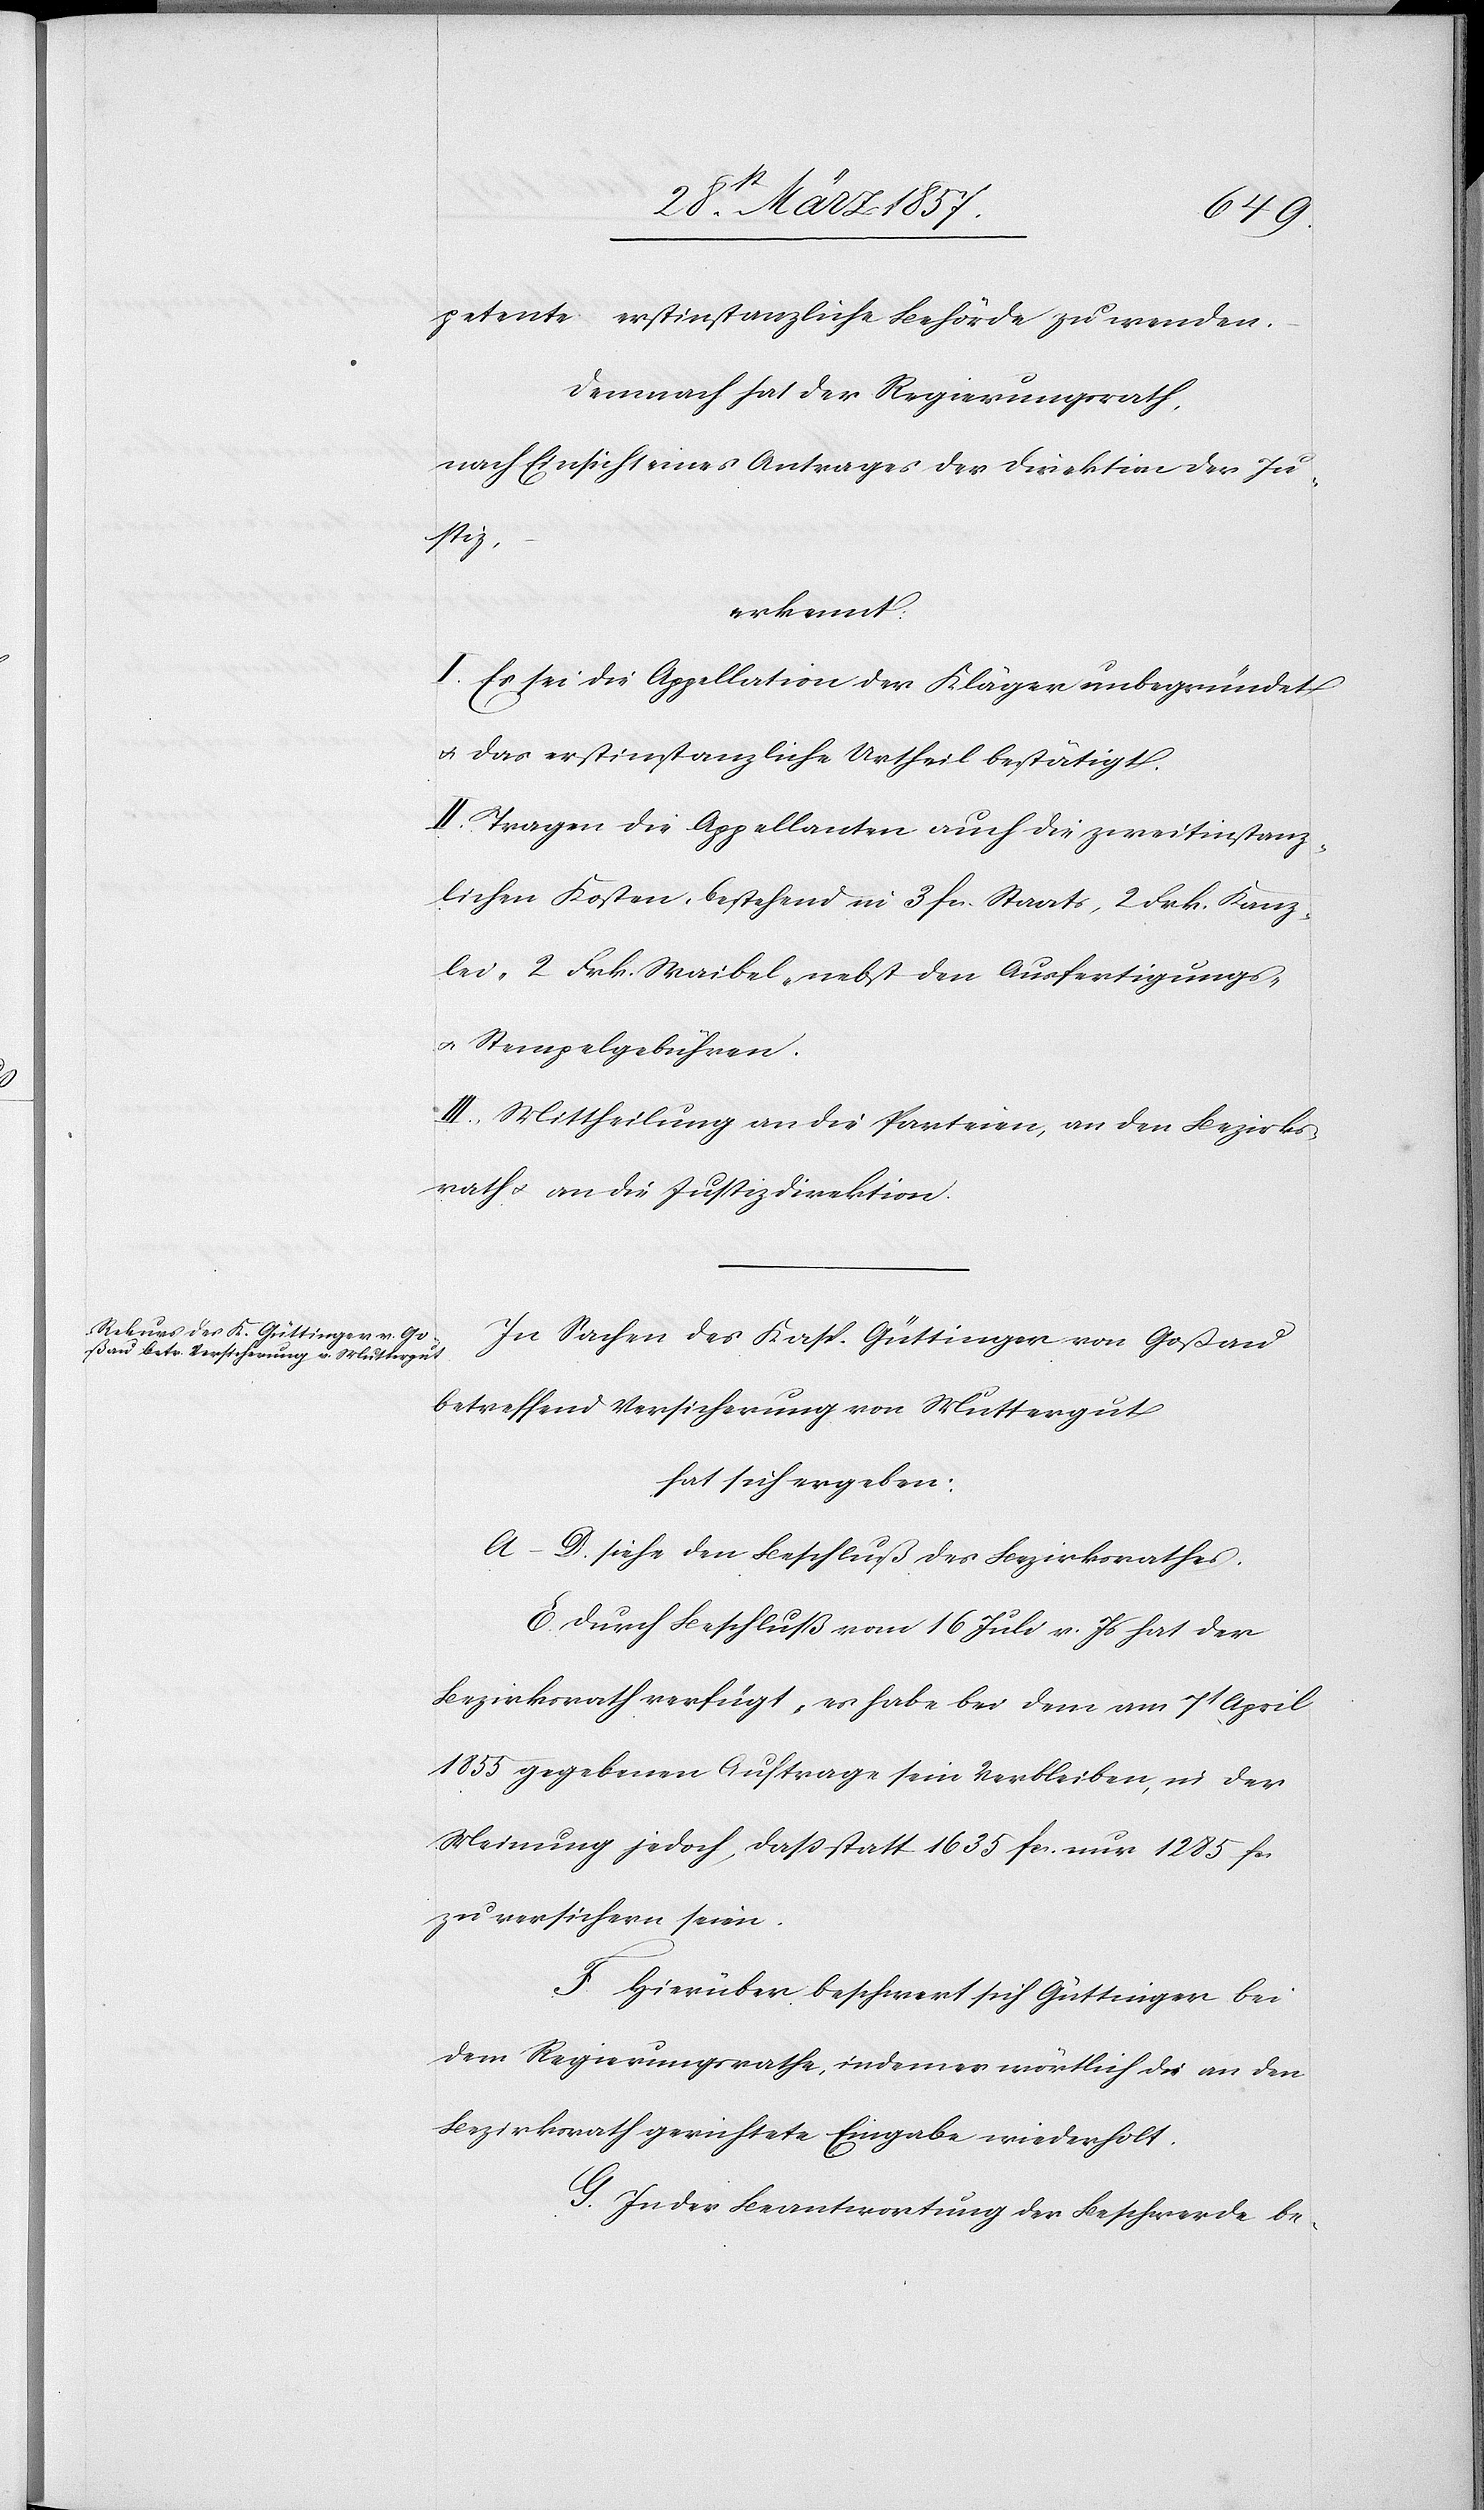
petente erstinstanzliche Behörde zu wenden.
Demnach hat der Regierungsrath,
nach Einsicht eines Antrages der Direktion der Ju¬
stiz,
erkennt:
I. Es sei die Appellation der Kläger unbegründet
u. das erstinstanzliche Urtheil bestätigt.
II. Tragen die Appellanten auch die zweitinstanz¬
lichen Kosten, bestehend in 3 fr. Staats[-], 2 Frk. Kanz¬
lei[-], 2 Frk. Waibel- nebst den Ausfertigungs-
u. Stempelgebühren.
III. Mittheilung an die Parteien, an den Bezirks¬
rath u. an die Justizdirektion.
In Sachen des Kasp. Güttinger von Goßau
betreffend Versicherung von Muttergut
hat sich ergeben:
A–D. siehe den Beschluß des Bezirksrathes.
E. Durch Beschluß vom 16 Juli v. Js hat der
Bezirksrath verfügt, es habe bei dem am 7t April
1855 gegebenen Auftrage sein Verbleiben, in der
Meinung jedoch, daß statt 1635 fr. nur 1285 fr.
zu versichern seien.
F. Hierüber beschwert sich Güttinger bei
dem Regierungsrathe, indem er wörtlich die an den
Bezirksrath gerichtete Eingabe wiederholt.
G. In der Beantwortung der Beschwerde be-